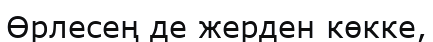
Өрлесең де жерден көкке,